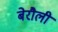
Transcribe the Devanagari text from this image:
बेरौली